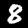
Label: 8